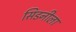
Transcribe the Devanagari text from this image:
सिडनीला